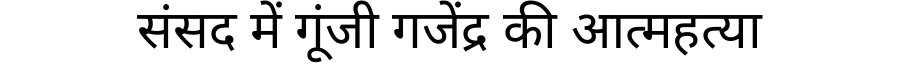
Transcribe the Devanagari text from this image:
संसद में गूंजी गजेंद्र की आत्महत्या